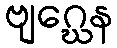
ဗျဂ္ဃေန